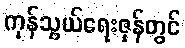
ကုန်သွယ်ရေးဇုန်တွင်